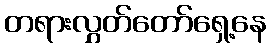
တရားလွှတ်တော်ရှေ့နေ